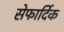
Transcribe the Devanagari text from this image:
सेफार्दिक